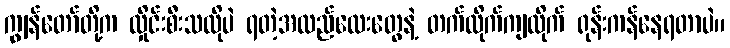
ကျွန်တော်တို့က လှိုင်းစီးသလိုပဲ ရတဲ့အထည်လေးတွေနဲ့ တက်လိုက်ကျလိုက် ရုန်းကန်နေရတာပဲ။